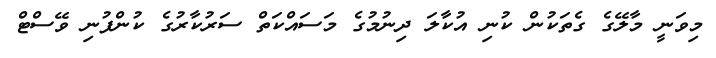
މިވަނީ މާލޭގެ ގެތަކުން ކުނި އުކާލަ ދިނުމުގެ މަސައްކަތް ސަރުކާރުގެ ކުންފުނި ވޭސްޓް